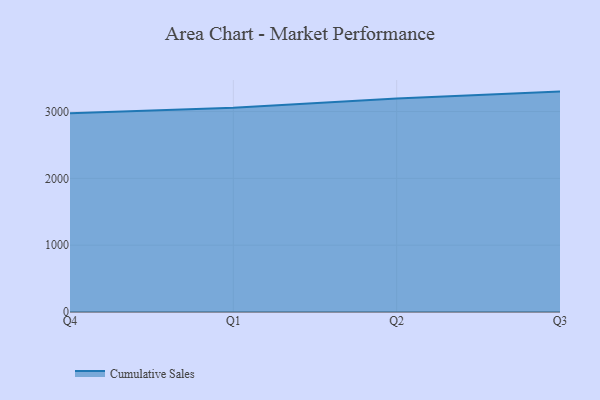
{"axis": {"x": "Quarter", "y": "Latency (ms)"}, "legend": ["Cumulative Sales"], "data": [{"x": "Q4", "y": 2975.4, "type": "Cumulative Sales"}, {"x": "Q1", "y": 3056.8, "type": "Cumulative Sales"}, {"x": "Q2", "y": 3196.6, "type": "Cumulative Sales"}, {"x": "Q3", "y": 3298.4, "type": "Cumulative Sales"}]}